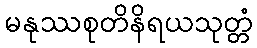
မနုဿစုတိနိရယသုတ္တံ